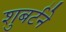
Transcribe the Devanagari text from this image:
शुबर्टने